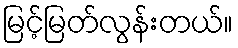
မြင့်မြတ်လွန်းတယ်။